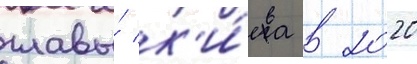
главы́ к'и́ева в 2020